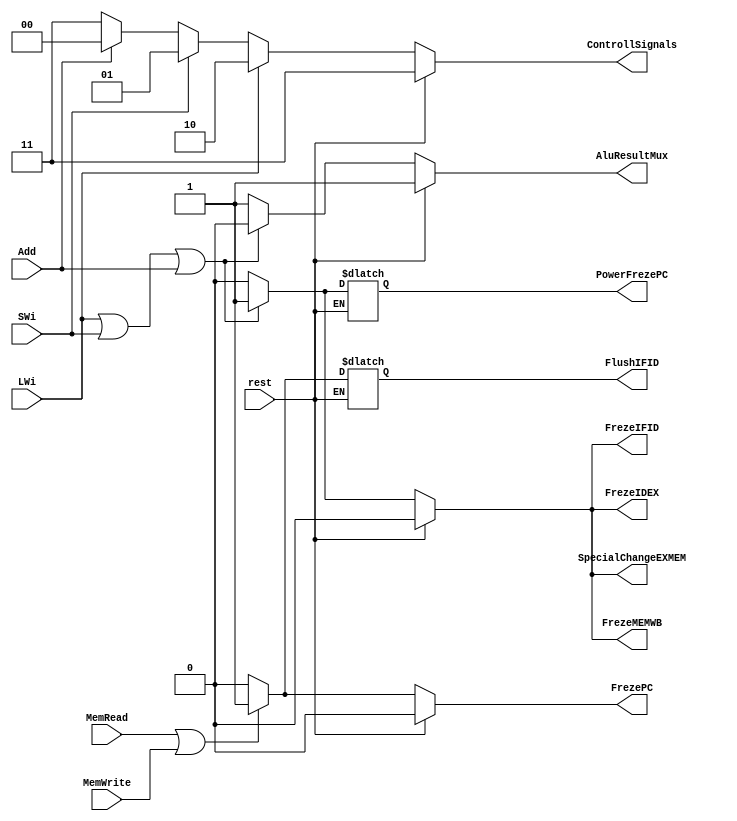
module StructureHazard_Unit(rest , LWi , SWi , Add ,MemRead , MemWrite , ControllSignals , AluResultMux , PowerFrezePC , FrezePC , FrezeIFID , FlushIFID , FrezeIDEX , SpecialChangeEXMEM , FrezeMEMWB);

	input rest , LWi , SWi , Add , MemRead , MemWrite ; 
	output [1:0] ControllSignals ; 
	output AluResultMux , PowerFrezePC , FrezePC , FrezeIFID, FlushIFID , FrezeIDEX , SpecialChangeEXMEM , FrezeMEMWB ; 


	reg [1:0] ControllSignals_register ; 
	reg AluResultMux_register , PowerFrezePC_register , FrezePC_register , FrezeIFID_register , FlushIFID_register , FrezeIDEX_register , SpecialChangeEXMEM_register , FrezeMEMWB_register ;

	assign ControllSignals = ControllSignals_register ; 
	assign AluResultMux = AluResultMux_register ;
	assign PowerFrezePC = PowerFrezePC_register ;
	assign FrezePC = FrezePC_register ; 
	assign FrezeIFID = FrezeIFID_register ;
	assign FlushIFID = FlushIFID_register ;
	assign FrezeIDEX = FrezeIDEX_register ; 
	assign SpecialChangeEXMEM = SpecialChangeEXMEM_register ;
	assign FrezeMEMWB = FrezeMEMWB_register ; 
	initial begin 
		ControllSignals_register <= 3 ;
		AluResultMux_register <= 1 ;
		FrezePC_register <= 0 ;
		FrezeIFID_register <= 0 ;
		FrezeIDEX_register <= 0 ;
		SpecialChangeEXMEM_register <= 0 ;
		FrezeMEMWB_register <= 0 ;
	end	always @(rest or LWi or SWi or Add or MemRead or MemWrite) begin 
	if (rest) begin 
		ControllSignals_register <= 3 ;
		AluResultMux_register <= 1 ;
		FrezePC_register <= 0 ;
		FrezeIFID_register <= 0 ;
		FrezeIDEX_register <= 0 ;
		SpecialChangeEXMEM_register <= 0 ;
		FrezeMEMWB_register <= 0 ;
	end else begin 
		if (LWi)
			ControllSignals_register <= 2 ;
		else if (SWi)
			ControllSignals_register <= 1 ;
		else if (Add)
			ControllSignals_register <= 0 ;
		else ControllSignals_register <= 3 ;

		if (LWi || SWi || Add) begin 
			AluResultMux_register <= 0 ;
			//for lwi in mem and branch in id , if branch in id and lw in mem : pc should be change 
			PowerFrezePC_register <=1 ;
			FrezePC_register <= 1 ;
			FrezeIFID_register <= 1 ;
			FrezeIDEX_register <= 1 ;
			SpecialChangeEXMEM_register <= 1 ;
			FrezeMEMWB_register <=1 ;
		end else begin 
			PowerFrezePC_register <=0 ;
			AluResultMux_register <= 1 ;
			FrezePC_register <= 0 ;
			FrezeIFID_register <= 0 ;
			FrezeIDEX_register <= 0 ;
			SpecialChangeEXMEM_register <= 0 ;
			FrezeMEMWB_register <= 0 ;
		end 

		if (MemRead || MemWrite) begin 
			FrezePC_register <= 1 ;
			FlushIFID_register <= 1 ;
		end else begin 
			FrezePC_register <= 0 ;
			FlushIFID_register <= 0 ;
		end
	end
	end 

endmodule